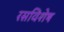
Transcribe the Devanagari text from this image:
रसविशेष